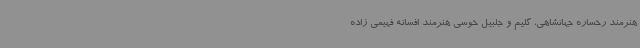
هنرمند رخساره جهانشاهی، گلیم و جلبیل خوسی هنرمند افسانه فهیمی زاده